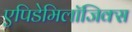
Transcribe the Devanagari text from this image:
एपिडेमिलॉजिक्स